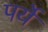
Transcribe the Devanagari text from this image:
पर्ये